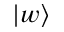
| w \rangle